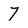
Character: 7